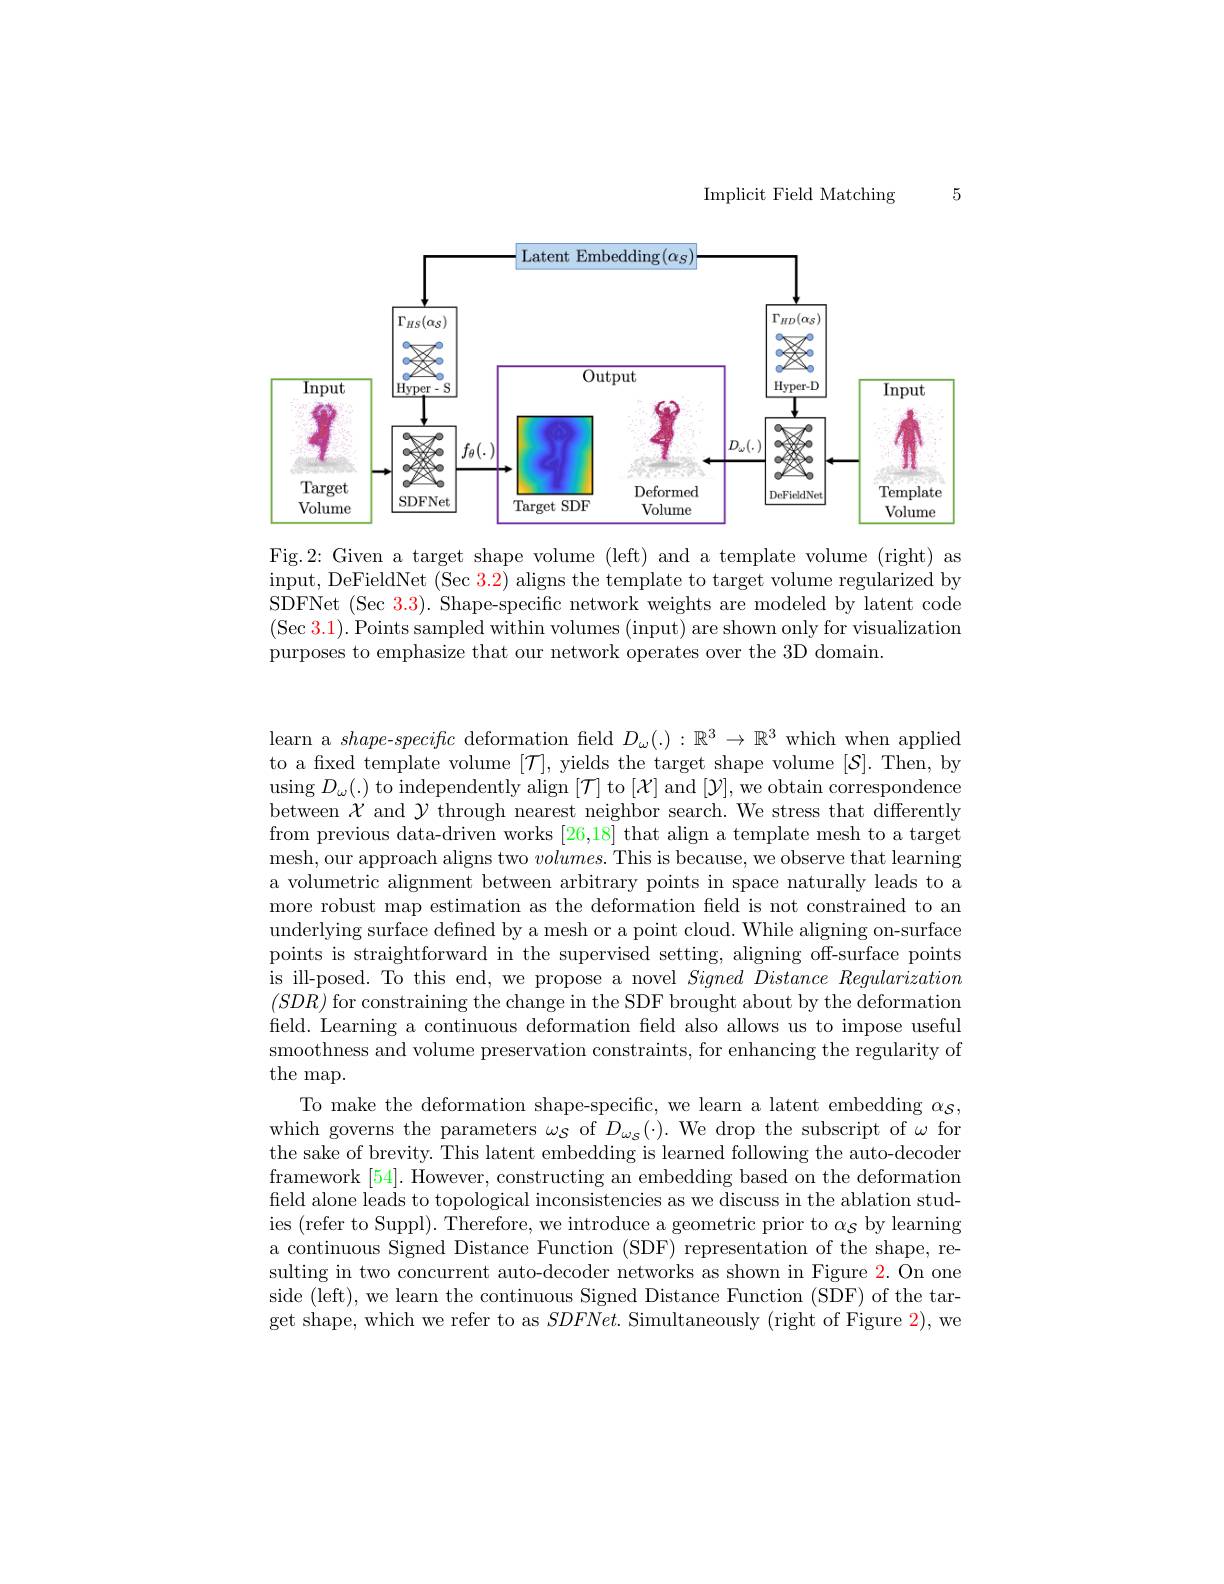
Implicit Field Matching

5

<FigureHere>

Fig.2: Given a target shape volume (left) and a template volume (right) as input, DeFieldNet (Sec 3.2) aligns the template to target volume regularized by SDFNet (Sec 3.3). Shape-specific network weights are modeled by latent code $(\operatorname{Sec}3.1).\operatorname{Points}$sampled within volumes (input) are shown only for visualization purposes to emphasize that our network operates over the 3D domain.

learn a $shape-specifc$ deformation field $D_\omega(.):\mathbb{R}^3\to\mathbb{R}^3$ which when applied to a fixed template volume $[\mathcal{T}]$, yields the target shape volume $[\mathcal{S}].$ Then, by using $D_{\omega}(.)$ to independently align $[\mathcal{T}]$ to $[\mathcal{X}]$ and $[\mathcal{Y}]$,we obtain correspondence between $\mathcal{X}$ and $\mathcal{Y}$ through nearest neighbor search. We stress that differently from previous data-driven works [26,18] that align a template mesh to a target mesh, our approach aligns two $volumes.$ This is because, we observe that learning a volumetric alignment between arbitrary points in space naturally leads to a more robust map estimation as the deformation field is not constrained to an underlying surface defined by a mesh or a point cloud. While aligning on-surface points is straightforward in the supervised setting, aligning off-surface points is ill-posed. To this end, we propose a novel $Signed\textit{ Distance Regularization}$ $(SDR)$ for constraining the change in the SDF brought about by the deformation field. Learning a continuous deformation field also allows us to impose useful smoothness and volume preservation constraints, for enhancing the regularity of the map.
To make the deformation shape-specific, we learn a latent embedding $\alpha_S$, which governs the parameters $\omega_S$ of $D_\omega_s(\cdot).$ We drop the subscript of $\omega$ for the sake of brevity. This latent embedding is learned following the auto-decoder framework [54]. However, constructing an embedding based on the deformation field alone leads to topological inconsistencies as we discuss in the ablation studies (refer to Suppl). Therefore, we introduce a geometric prior to $\alpha_{S}$ by learning a continuous Signed Distance Function (SDF) representation of the shape, resulting in two concurrent auto-decoder networks as shown in Figure 2.On one side (left), we learn the continuous Signed Distance Function (SDF) of the target shape, which we refer to as $SDFNet.$ Simultaneously (right of Figure 2), we